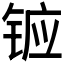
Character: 𮸍